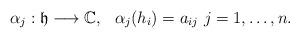
\begin{align*}\alpha_j:\frak h\longrightarrow \Bbb C,\ \ \alpha_j(h_i)=a_{ij}\ j=1,\ldots,n.\end{align*}